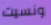
ونسيت